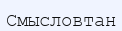
Смысловтан